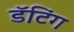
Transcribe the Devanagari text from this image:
डॅटिंग